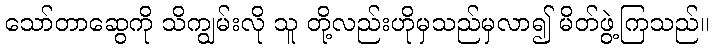
သော်တာဆွေကို သိကျွမ်းလို သူ တို့လည်းဟိုမှသည်မှလာ၍ မိတ်ဖွဲ့ကြသည်။